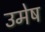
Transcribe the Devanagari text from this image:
उमेष